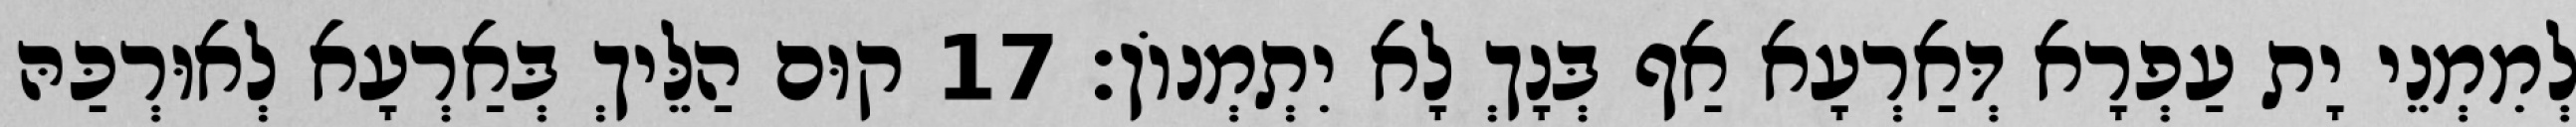
לְמִמְנֵי יָת עַפְרָא דְּאַרְעָא אַף בְּנָךְ לָא יִתְמְנוֹן׃ 17 קוּם הַלֵּיךְ בְּאַרְעָא לְאוּרְכַּהּ